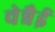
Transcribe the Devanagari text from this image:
चेन्नैई